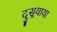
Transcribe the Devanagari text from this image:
दुसर्‍याया